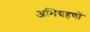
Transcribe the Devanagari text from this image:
अभिग्रहणों